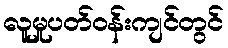
လူမှုပတ်ဝန်းကျင်တွင်